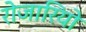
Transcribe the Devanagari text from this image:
रोजारियो